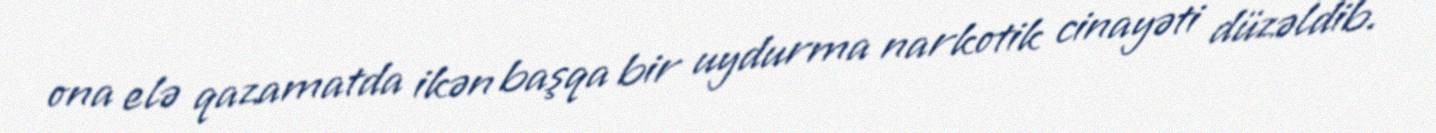
ona elə qazamatda ikən başqa bir uydurma narkotik cinayəti düzəldib.